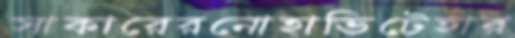
সাকারেরনোহাভিটেহার